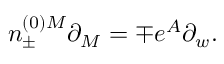
n _ { \pm } ^ { ( 0 ) M } \partial _ { M } = \mp e ^ { A } \partial _ { w } .